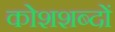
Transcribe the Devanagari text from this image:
कोशशब्दों